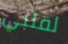
لقلبي